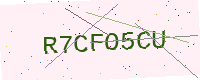
Text: R7CFO5CU